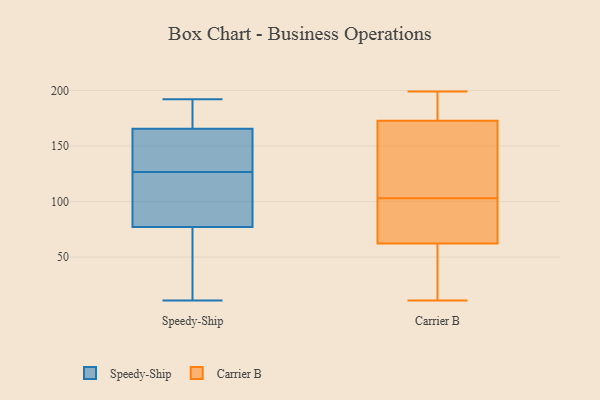
{"axis": {"x": "Waste Production (Tons)", "y": "Value"}, "legend": ["Carrier B", "Speedy-Ship"], "data": [{"x": "", "y": 169, "type": "Speedy-Ship"}, {"x": "", "y": 174, "type": "Speedy-Ship"}, {"x": "", "y": 165, "type": "Speedy-Ship"}, {"x": "", "y": 100, "type": "Speedy-Ship"}, {"x": "", "y": 149, "type": "Speedy-Ship"}, {"x": "", "y": 166, "type": "Speedy-Ship"}, {"x": "", "y": 113, "type": "Speedy-Ship"}, {"x": "", "y": 34, "type": "Speedy-Ship"}, {"x": "", "y": 37, "type": "Speedy-Ship"}, {"x": "", "y": 11, "type": "Speedy-Ship"}, {"x": "", "y": 192, "type": "Speedy-Ship"}, {"x": "", "y": 78, "type": "Speedy-Ship"}, {"x": "", "y": 76, "type": "Speedy-Ship"}, {"x": "", "y": 146, "type": "Speedy-Ship"}, {"x": "", "y": 92, "type": "Speedy-Ship"}, {"x": "", "y": 140, "type": "Speedy-Ship"}, {"x": "", "y": 66, "type": "Carrier B"}, {"x": "", "y": 61, "type": "Carrier B"}, {"x": "", "y": 11, "type": "Carrier B"}, {"x": "", "y": 103, "type": "Carrier B"}, {"x": "", "y": 15, "type": "Carrier B"}, {"x": "", "y": 160, "type": "Carrier B"}, {"x": "", "y": 97, "type": "Carrier B"}, {"x": "", "y": 172, "type": "Carrier B"}, {"x": "", "y": 46, "type": "Carrier B"}, {"x": "", "y": 87, "type": "Carrier B"}, {"x": "", "y": 168, "type": "Carrier B"}, {"x": "", "y": 47, "type": "Carrier B"}, {"x": "", "y": 175, "type": "Carrier B"}, {"x": "", "y": 109, "type": "Carrier B"}, {"x": "", "y": 85, "type": "Carrier B"}, {"x": "", "y": 199, "type": "Carrier B"}, {"x": "", "y": 192, "type": "Carrier B"}, {"x": "", "y": 176, "type": "Carrier B"}, {"x": "", "y": 173, "type": "Carrier B"}]}